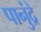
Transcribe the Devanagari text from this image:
पानुंद्रे